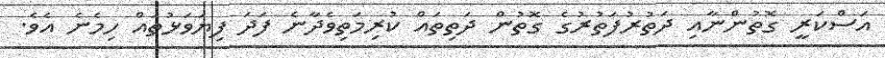
އަސްކަރީ ގޮތުންނާއި ދަތުރުފަތުރުގެ ގޮތުން ދަތިތައް ކުރިމަތިވެދާނެ ފަދަ ފިޔަވަޅުތައް ހިމެނެ އެވެ.